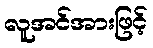
လူအင်အားဖြင့်